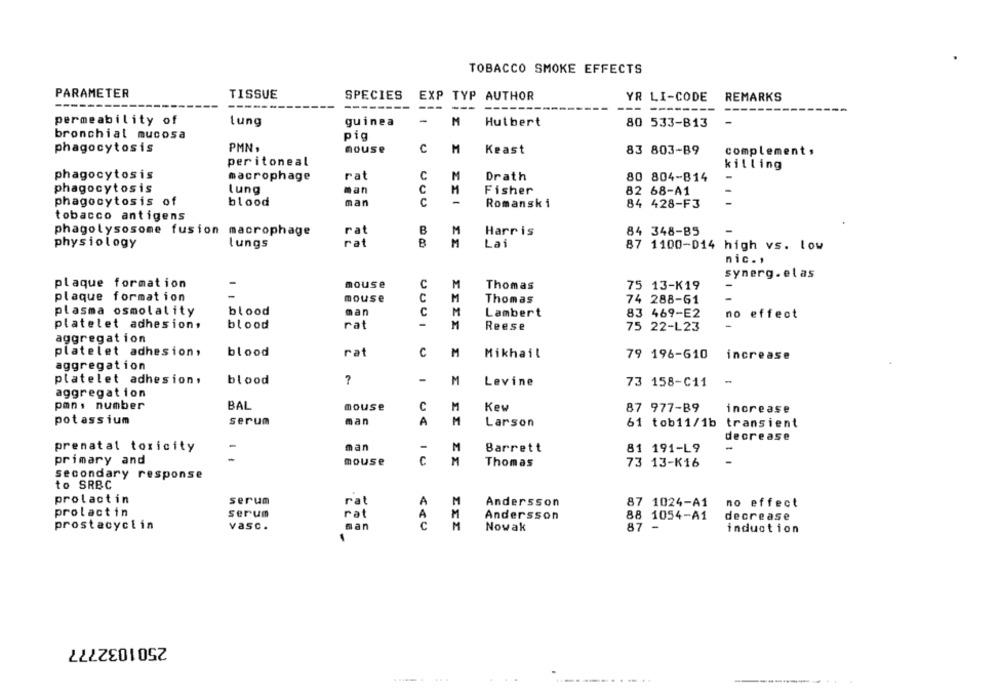
TOBACCO SMOKE EFFECTS
PARAMETER
TISSUE
SPECIES
EXP TYP AUTHOR
YR LI-CODE
REMARKS
------
--
-------
permeability of
Lung
guinea
-
M
Hutbert
80 533-813
-
bronchial mucosa
pig
PMN,
phagocytosis
nouse
C
M
Keast
83 803-89
complement ,
peritoneal
killing
phagocytosis
rat
macrophage
C
M
Drath
80 804-814
phagocytosis
man
lung
C
M
Fisher
82 68-A1
phagocytosis of
blood
man
C
Romanski
84 428-F3
tobacco antigens
B
phagolysosome fusion macrophage
rat
M
Harris
84 348-85
physiology
lungs
rat
B
M
Lai
87 1100-D14 high vs. low
nic ..
synerg. elas
plaque formation
mouse
C
M
Thomas
75 13-K19
-
plaque formation
mouse
C
M
Thomas
74 288-61
-
plasma osmolality
blood
man
C
M
Lambert
83 469-E2
no effect
platelet adhesion,
blood
rat
M
Reese
75 22-L23
aggregation
platelet adhesion,
blood
rat
C
M
Mikhail
79 196-610
increase
aggregation
platelet adhesion,
blood
-
M
Levine
73 158-C11
aggregation
pan, number
BAL
mouse
C
M
Kew
87 977-B9
increase
potassium
serum
man
A
M
Larson
61 tob11/1b
transient
decrease
prenatal toxicity
man
Barrett
-
M
81 191-L9
-
primary and
mouse
C
M
Thomas
73 13-K16
secondary response
to SRBC
prolactin
serum
rat
A
M
Andersson
87 1024-A1
no effect
prolactin
serum
rat
M
Andersson
88 1054-A1
decrease
prostacyclin
vasc .
man
M
Nowak
87 -
induction
2501032777